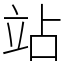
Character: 站